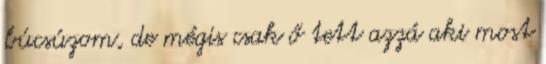
búcsúzom, de mégis csak ő tett azzá aki most